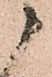
御